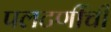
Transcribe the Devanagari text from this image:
पलटणींची